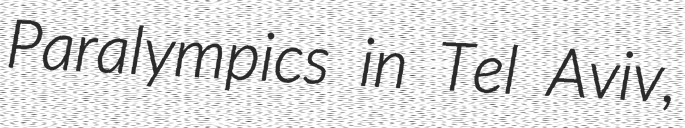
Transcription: Paralympics in Tel Aviv,